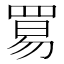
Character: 𬙢